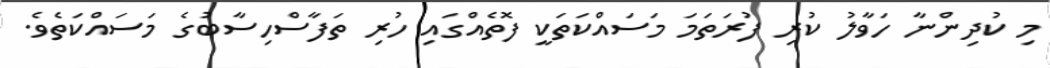
މި ކުދިންނާ ހަވާލު ކުރި ފުރަތަމަ މަސައްކަތަކީ ފޮތެއްގައި ހުރި ތަފާސްހިސާބުގެ މަސައްކަތެވެ.